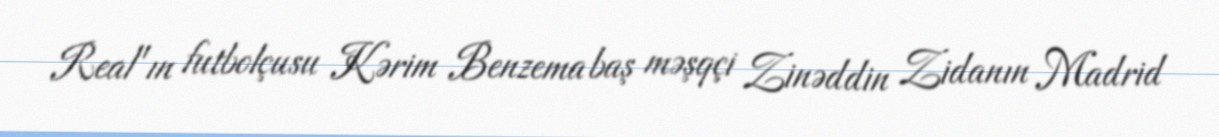
Real"ın futbolçusu Kərim Benzema baş məşqçi Zinəddin Zidanın Madrid